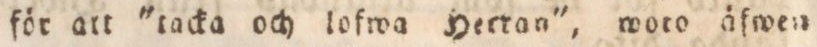
för att 'tacka och lofwa Herran', woro äfwen